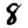
Digit: 8